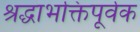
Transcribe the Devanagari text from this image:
श्रद्धाभक्तिपूर्वक